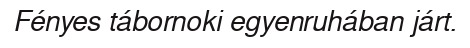
Fényes tábornoki egyenruhában járt.